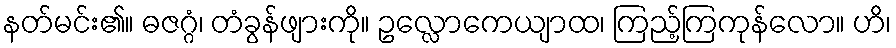
နတ်မင်း၏။ ဓဇဂ္ဂံ၊ တံခွန်ဖျားကို။ ဥလ္လောကေယျာထ၊ ကြည့်ကြကုန်လော။ ဟိ၊